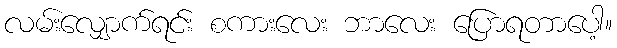
လမ်းလျှောက်ရင်း စကားလေး ဘာလေး ပြောရတာပေါ့။